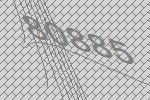
80885